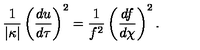
{ \frac { 1 } { \vert \kappa \vert } } \left( { \frac { d u } { d \tau } } \right) ^ { 2 } = { \frac { 1 } { f ^ { 2 } } } \left( { \frac { d f } { d \chi } } \right) ^ { 2 } .